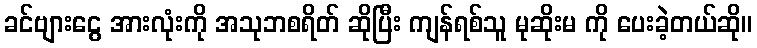
ခင်ဗျားငွေ အားလုံးကို အသုဘစရိတ် ဆိုပြီး ကျန်ရစ်သူ မုဆိုးမ ကို ပေးခဲ့တယ်ဆို။